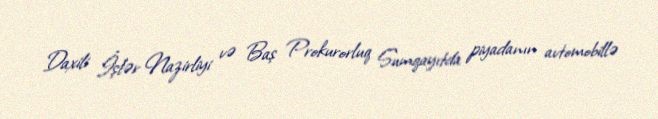
Daxili İşlər Nazirliyi və Baş Prokurorluq Sumqayıtda piyadanın avtomobillə